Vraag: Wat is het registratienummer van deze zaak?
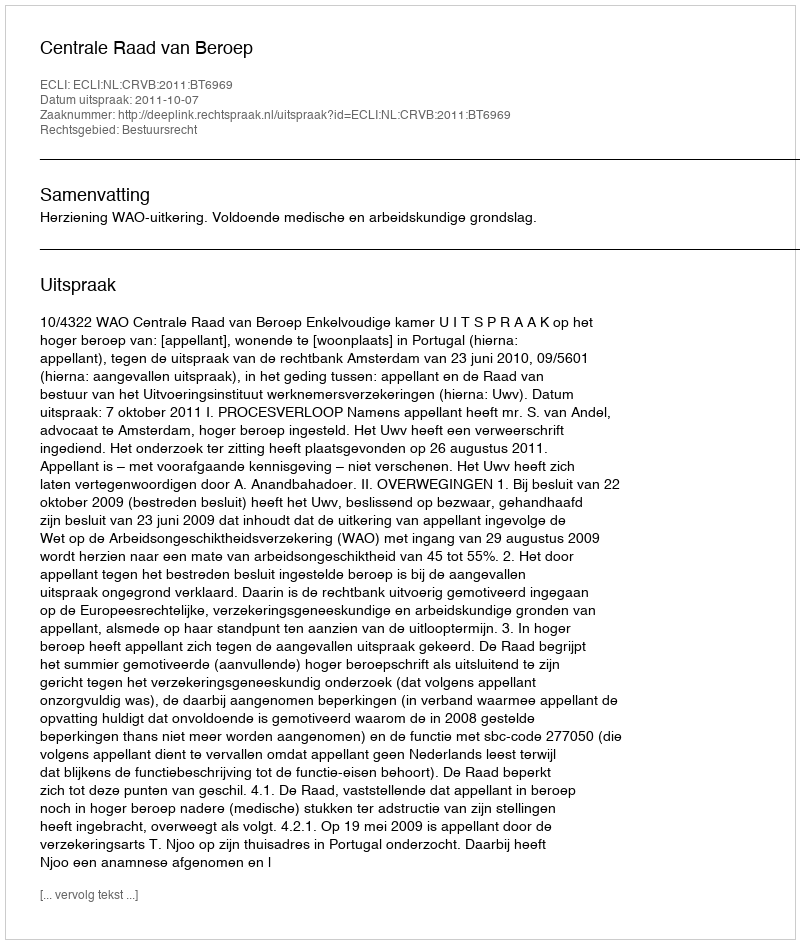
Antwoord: http://deeplink.rechtspraak.nl/uitspraak?id=ECLI:NL:CRVB:2011:BT6969